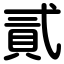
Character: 貳